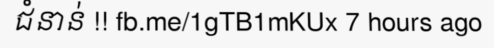
ជំនាន់ !! fb.me/1gTB1mKUx 7 hours ago